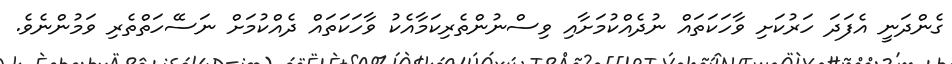
ގެންދަނީ އެފަދަ ހަރުކަށި ވާހަކަތައް ނުދެއްކުމަށާއި ވިސްނުންތެރިކަމާއެކު ވާހަކަތައް ދެއްކުމަށް ނަސޭހަތްތެރި ވަމުންނެވެ.